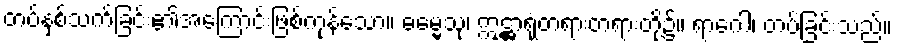
တပ်နှစ်သက်ခြင်း၏အကြောင်းဖြစ်ကုန်သော။ ဓမ္မေသု၊ ဣဋ္ဌာရုံတရားတရားတို့၌။ ရာဂေါ၊ တပ်ခြင်းသည်။